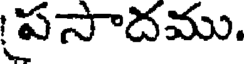
పసాదము.